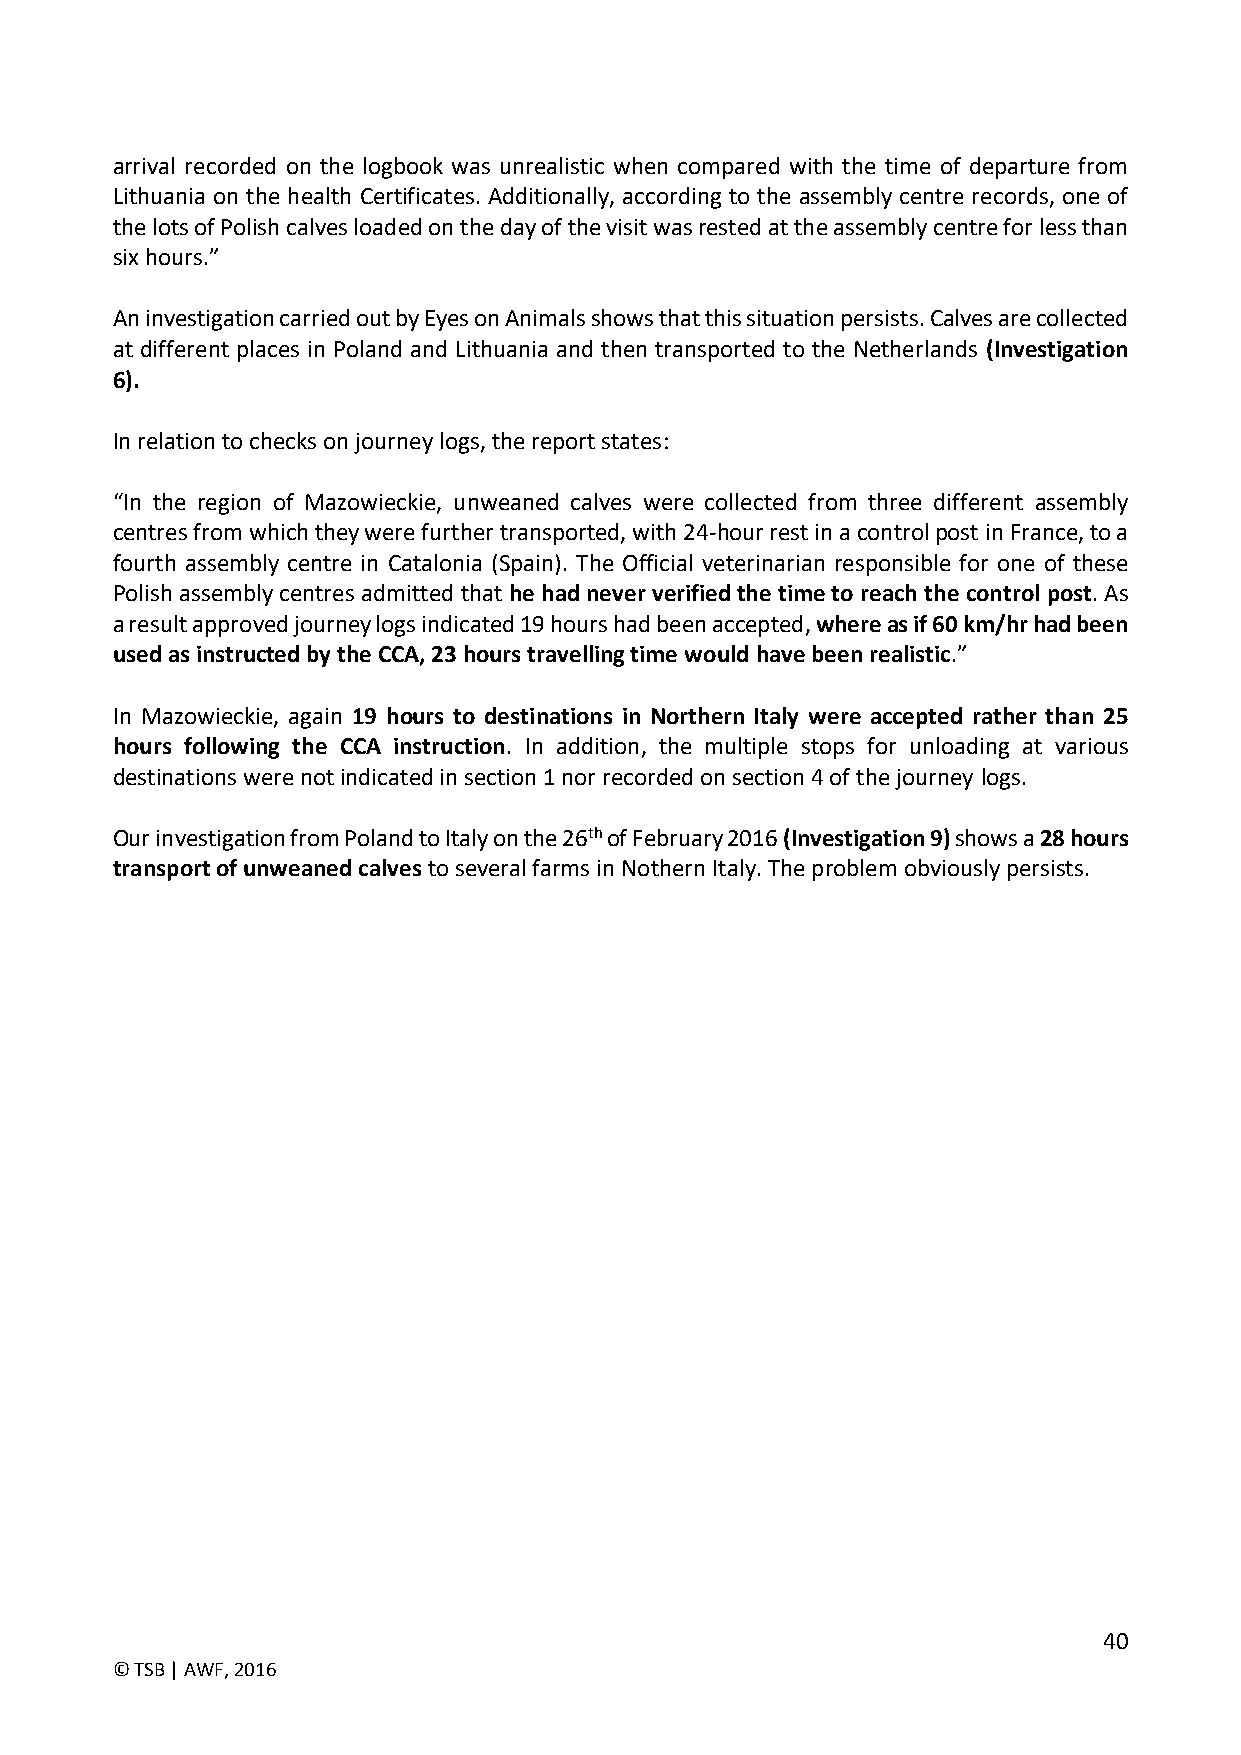
arrival recorded on the logbook was unrealistic when compared with the time of departure from
 Lithuania on the health Certificates. Additionally, according to the assembly centre records, one of
 the lots of Polish calves loaded on the day of the visit was rested at the assembly centre for less than
 six hours.”
 An investigation carried out by Eyes on Animals shows that this situation persists. Calves are collected
 at different places in Poland and Lithuania and then transported to the Netherlands (Investigation
 6).
 In relation to checks on journey logs, the report states:
 “In the region of Mazowieckie, unweaned calves were collected from three different assembly
 centres from which they were further transported, with 24-hour rest in a control post in France, to a
 fourth assembly centre in Catalonia (Spain). The Official veterinarian responsible for one of these
 Polish assembly centres admitted that he had never verified the time to reach the control post. As
 a result approved journey logs indicated 19 hours had been accepted, where as if 60 km/hr had been
 used as instructed by the CCA, 23 hours travelling time would have been realistic.”
 In Mazowieckie, again 19 hours to destinations in Northern Italy were accepted rather than 25
 hours following the CCA instruction. In addition, the multiple stops for unloading at various
 destinations were not indicated in section 1 nor recorded on section 4 of the journey logs.
 Our investigation from Poland to Italy on the 26th of February 2016 (Investigation 9) shows a 28 hours
 transport of unweaned calves to several farms in Nothern Italy. The problem obviously persists.
 40
 © TSB | AWF, 2016